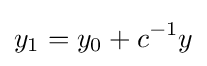
y_{1}=y_{0}+c^{-1}y